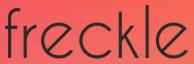
freckle